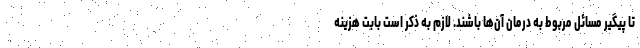
تا پیگیر مسائل مربوط به درمان آن‌ها باشند. لازم به ذکر است بابت هزینه